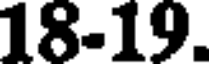
18-19.